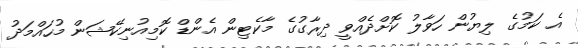
އެ ކަމުގެ ލިޔުން ހަވާލު ކޮށްދެއްވީ ދިރާގުގެ މާކެޓިން އެންޑް ކޮމިއުނިކޭޝަން މުހައްމަދު